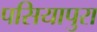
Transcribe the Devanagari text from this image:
पसियापुरा